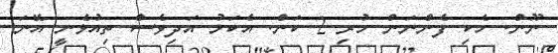
ނޫން. ހެކި ފެންނަން ހުރި 2 ކަން. އެކަމު އަދިވެސް ތިއުޅެނީ އޭނަ